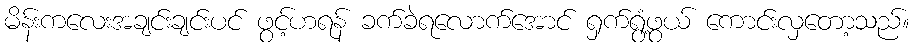
မိန်းကလေးအချင်းချင်းပင် ဖွင့်ဟရန် ခက်ခဲရလောက်အောင် ရှက်ရွံ့ဖွယ် ကောင်းလှတော့သည်။